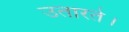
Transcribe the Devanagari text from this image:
उतारते।